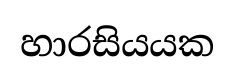
හාරසියයක